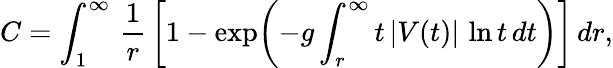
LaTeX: C=\int_{1}^{\infty}\, {\frac{1}{r}}\, \biggl[1-\exp\biggl(-g\int_{r}^{\infty}t\, |V(t)|\, \ln t\, dt\biggr)\biggr]\, dr,